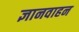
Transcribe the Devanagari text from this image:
ज्ञानवाहन